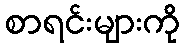
စာရင်းများကို